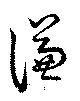
謙